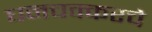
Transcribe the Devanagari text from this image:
घनचक्करचे